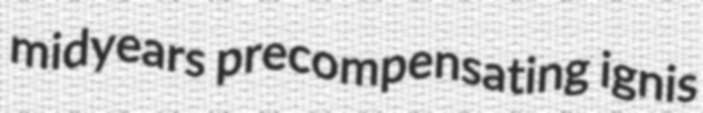
midyears precompensating ignis